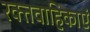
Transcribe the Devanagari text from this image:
रक्तवाहिकाएं